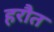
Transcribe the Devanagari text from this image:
हरौत